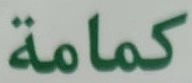
كمامة